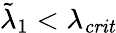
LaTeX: \tilde{\lambda}_{1}<\lambda_{\mathit{crit}}